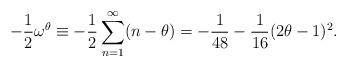
LaTeX: \begin{align*}-\frac{1}{2}\omega^{\theta}\equiv -\frac{1}{2}\sum_{n=1}^{\infty}(n-\theta)=-\frac{1}{48}-\frac{1}{16}(2\theta-1)^2.\end{align*}